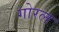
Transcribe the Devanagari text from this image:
गोरल